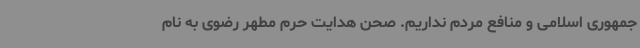
جمهوری اسلامی و منافع مردم نداریم. صحن هدایت حرم مطهر رضوی به نام